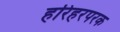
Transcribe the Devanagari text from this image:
हरिहरपरक